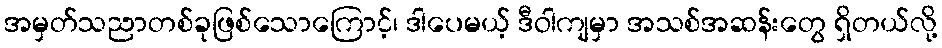
အမှတ်သညာတစ်ခုဖြစ်သောကြောင့်၊ ဒါပေမယ့် ဒီဝါကျမှာ အသစ်အဆန်းတွေ ရှိတယ်လို့